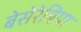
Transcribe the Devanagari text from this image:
बेसेरेबिया